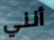
أنني